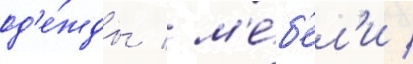
од'е́жды / м'е́б'ел'и /